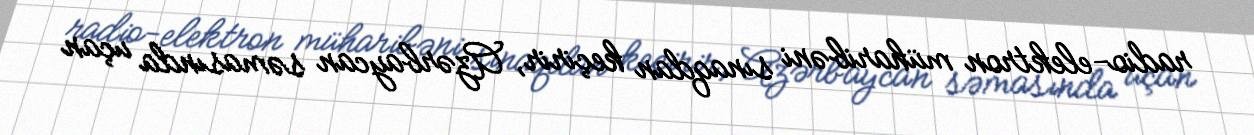
radio-elektron müharibəni sınaqdan keçirir, Azərbaycan səmasında uçan